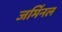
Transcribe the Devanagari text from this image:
जर्मिनल